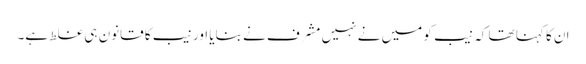
ان کا کہنا تھا کہ نیب کو میں نے نہیں مشرف نے بنایا اور نیب کا قانون ہی غلط ہے۔